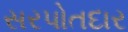
સરપોતદાર